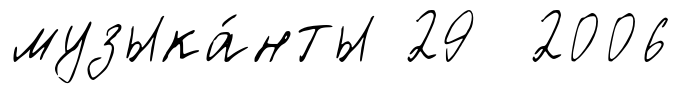
музыка́нты 29 2006